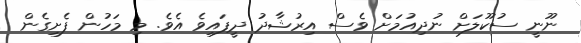
ނޫނީ ސުކޫލަށް ނުދިއުމަށް ވެސް އިރުޝާދު ދީފައިވެ އެވެ. މި މަހުން ފެށިގެން